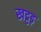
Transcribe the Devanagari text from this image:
खट्टड़